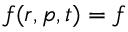
f ( \boldsymbol { r } , \boldsymbol { p } , t ) = f